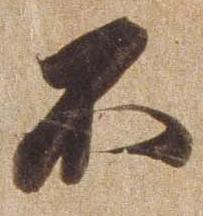
不